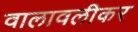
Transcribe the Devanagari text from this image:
वालावलीकर